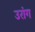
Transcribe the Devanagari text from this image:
उरांग